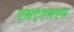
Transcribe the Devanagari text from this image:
एमएएसएस